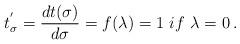
LaTeX: \begin{align*} t_{\sigma}^{'} =\frac{dt(\sigma)}{d\sigma}=f(\lambda) = 1\,\, if\,\, \lambda=0\,.\end{align*}